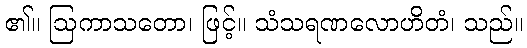
၏။ ဩကာသတော၊ ဖြင့်။ သံသရဏလောဟိတံ၊ သည်။